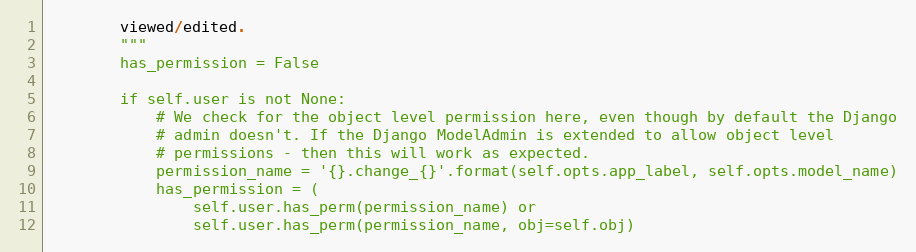
Language: Python
        viewed/edited.
        """
        has_permission = False

        if self.user is not None:
            # We check for the object level permission here, even though by default the Django
            # admin doesn't. If the Django ModelAdmin is extended to allow object level
            # permissions - then this will work as expected.
            permission_name = '{}.change_{}'.format(self.opts.app_label, self.opts.model_name)
            has_permission = (
                self.user.has_perm(permission_name) or
                self.user.has_perm(permission_name, obj=self.obj)